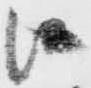
候